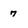
Character: 7